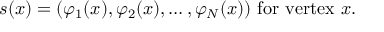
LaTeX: s ( x ) = ( \varphi _ { 1 } ( x ) , \varphi _ { 2 } ( x ) , \ldots , \varphi _ { N } ( x ) ) { \mathrm { ~ f o r ~ v e r t e x ~ } } x .